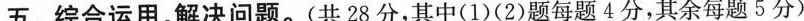
五、综合运用，解决问题。(共28分，其中(1)(2)题每题4分，其余每题5分)